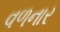
વળનાર